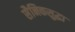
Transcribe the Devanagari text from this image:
सैनिकसुद्धा